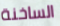
الساخنة